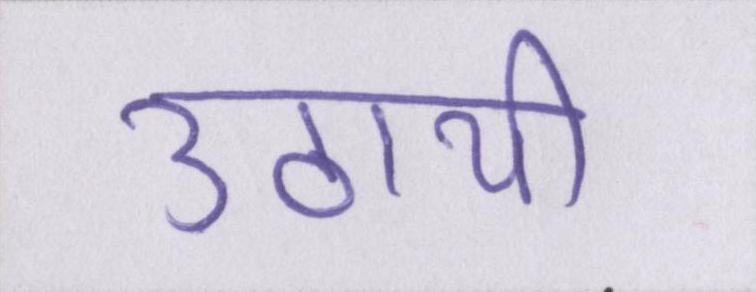
उठायी